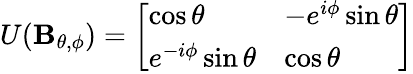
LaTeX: U(\mathbf{B}_{\theta,\phi})={\left[\begin{array}{ll}{\cos\theta}&{-e^{i\phi}\sin\theta}\\ {e^{-i\phi}\sin\theta}&{\cos\theta}\end{array}\right]}